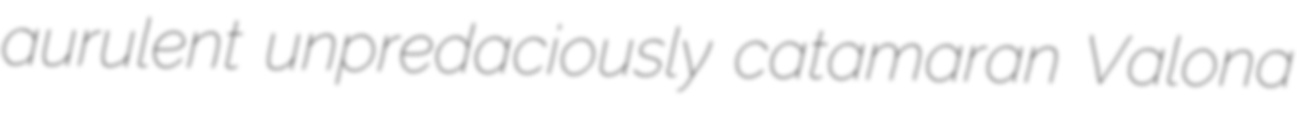
aurulent unpredaciously catamaran Valona